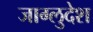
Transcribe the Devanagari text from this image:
जाग्लुदेश